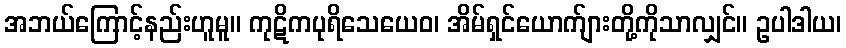
အဘယ်ကြောင့်နည်းဟူမူ။ ကုဋိကပုရိသေယေဝ၊ အိမ်ရှင်ယောက်ျားတို့ကိုသာလျှင်။ ဥပါဒါယ၊